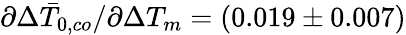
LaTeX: \partial\Delta\bar{T}_{0,co}/\partial\Delta T_{m}=(0.019\pm 0.007)